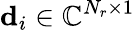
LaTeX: \mathbf{d}_{i}\in{\mathbb{C}}^{N_{r}\times 1}